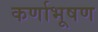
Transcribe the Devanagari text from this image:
कर्णाभूषण